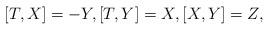
LaTeX: \begin{align*}[T,X]=-Y,[T,Y]=X,[X,Y]=Z,\end{align*}